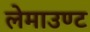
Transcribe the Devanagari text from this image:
लेमाउण्ट